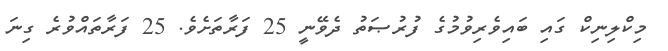
މިކްލިނިކް ގައި ބައިވެރިވުމުގެ ފުރުޞަތު ދެވޭނީ 25 ފަރާތަށެވެ. 25 ފަރާތައްވުރެ ގިނަ